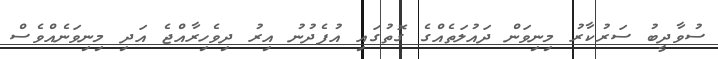
ސުވާދީބު ސަރުކާރު މިނިވަން ދައުލަތެއްގެ ގޮތުގައި އުފެދުނު އިރު ދިވެހިރާއްޖެ އަދި މިނިވަނެއްވެސް